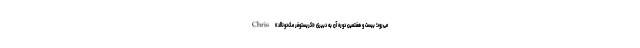
می‌رود؛ بیست و هفتمین دوره آن به دبیری «کریستوفر مک‌دونالد» Chris